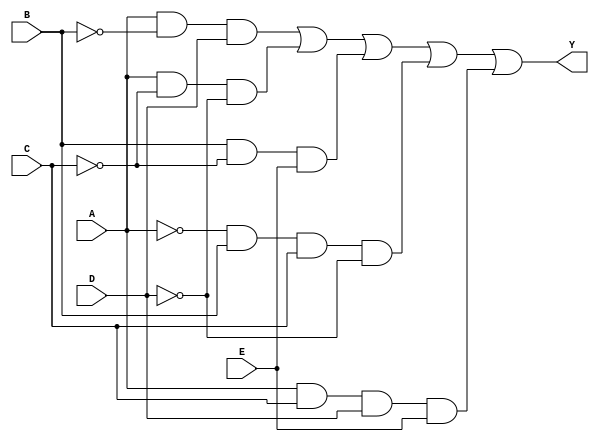
module kmap_five_variable (
    input wire A,
    input wire B,
    input wire C,
    input wire D,
    input wire E,
    output wire Y
);

// Define the output expression based on the K-map simplification
// Example simplified expression (You should replace this with your actual simplified expression):
// Y = A'B'D + A'B'C + AB'C'E' + ACD + ... (fill with actual minterms from K-map simplification)
assign Y = (A & ~B & D) | (A & ~C & ~D) | (B & ~C & E) | (~A & B & C & ~D) | (A & C & D & E);

endmodule